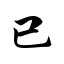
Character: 已